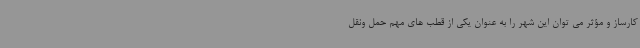
کارساز و مؤثر می توان این شهر را به عنوان یکی از قطب های مهم حمل ونقل